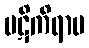
ပဋိကိရာမ